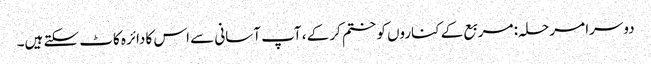
دوسرا مرحلہ: مربع کے کناروں کو ختم کرکے ، آپ آسانی سے اس کا دائرہ کاٹ سکتے ہیں۔